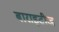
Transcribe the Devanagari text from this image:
बाराइटीज